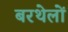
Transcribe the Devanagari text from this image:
बरथेलों